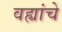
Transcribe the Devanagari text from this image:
वह्यांचे